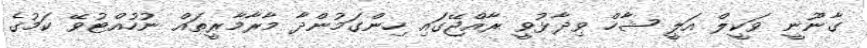
ގާނޫނީ ވަކީލް އަލީ ޝާހް ވިދާޅުވީ ރާއްޖޭގައި ހިންގަމުންދާ މާރާމާރީތައް ނުހުއްޓުވޭ ކަމުގެ